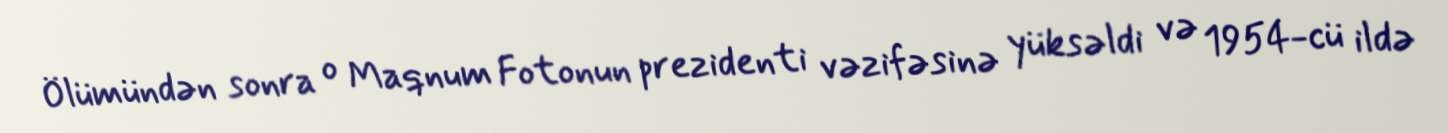
Ölümündən sonra o Maqnum Fotonun prezidenti vəzifəsinə yüksəldi və 1954-cü ildə